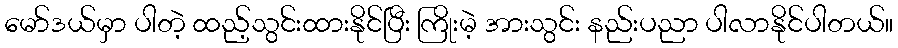
မော်ဒယ်မှာ ပါတဲ့ ထည့်သွင်းထားနိုင်ပြီး ကြိုးမဲ့ အားသွင်း နည်းပညာ ပါလာနိုင်ပါတယ်။